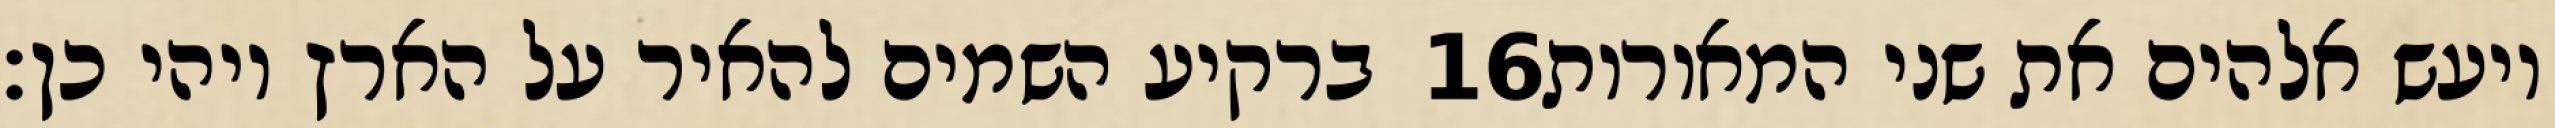
ברקיע השמים להאיר על הארץ ויהי כן׃ ‎16‏ ויעש אלהים את שני המאורות